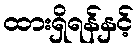
ထားရှိရန်နှင့်